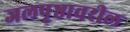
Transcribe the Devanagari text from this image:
जलपृष्ठावरील